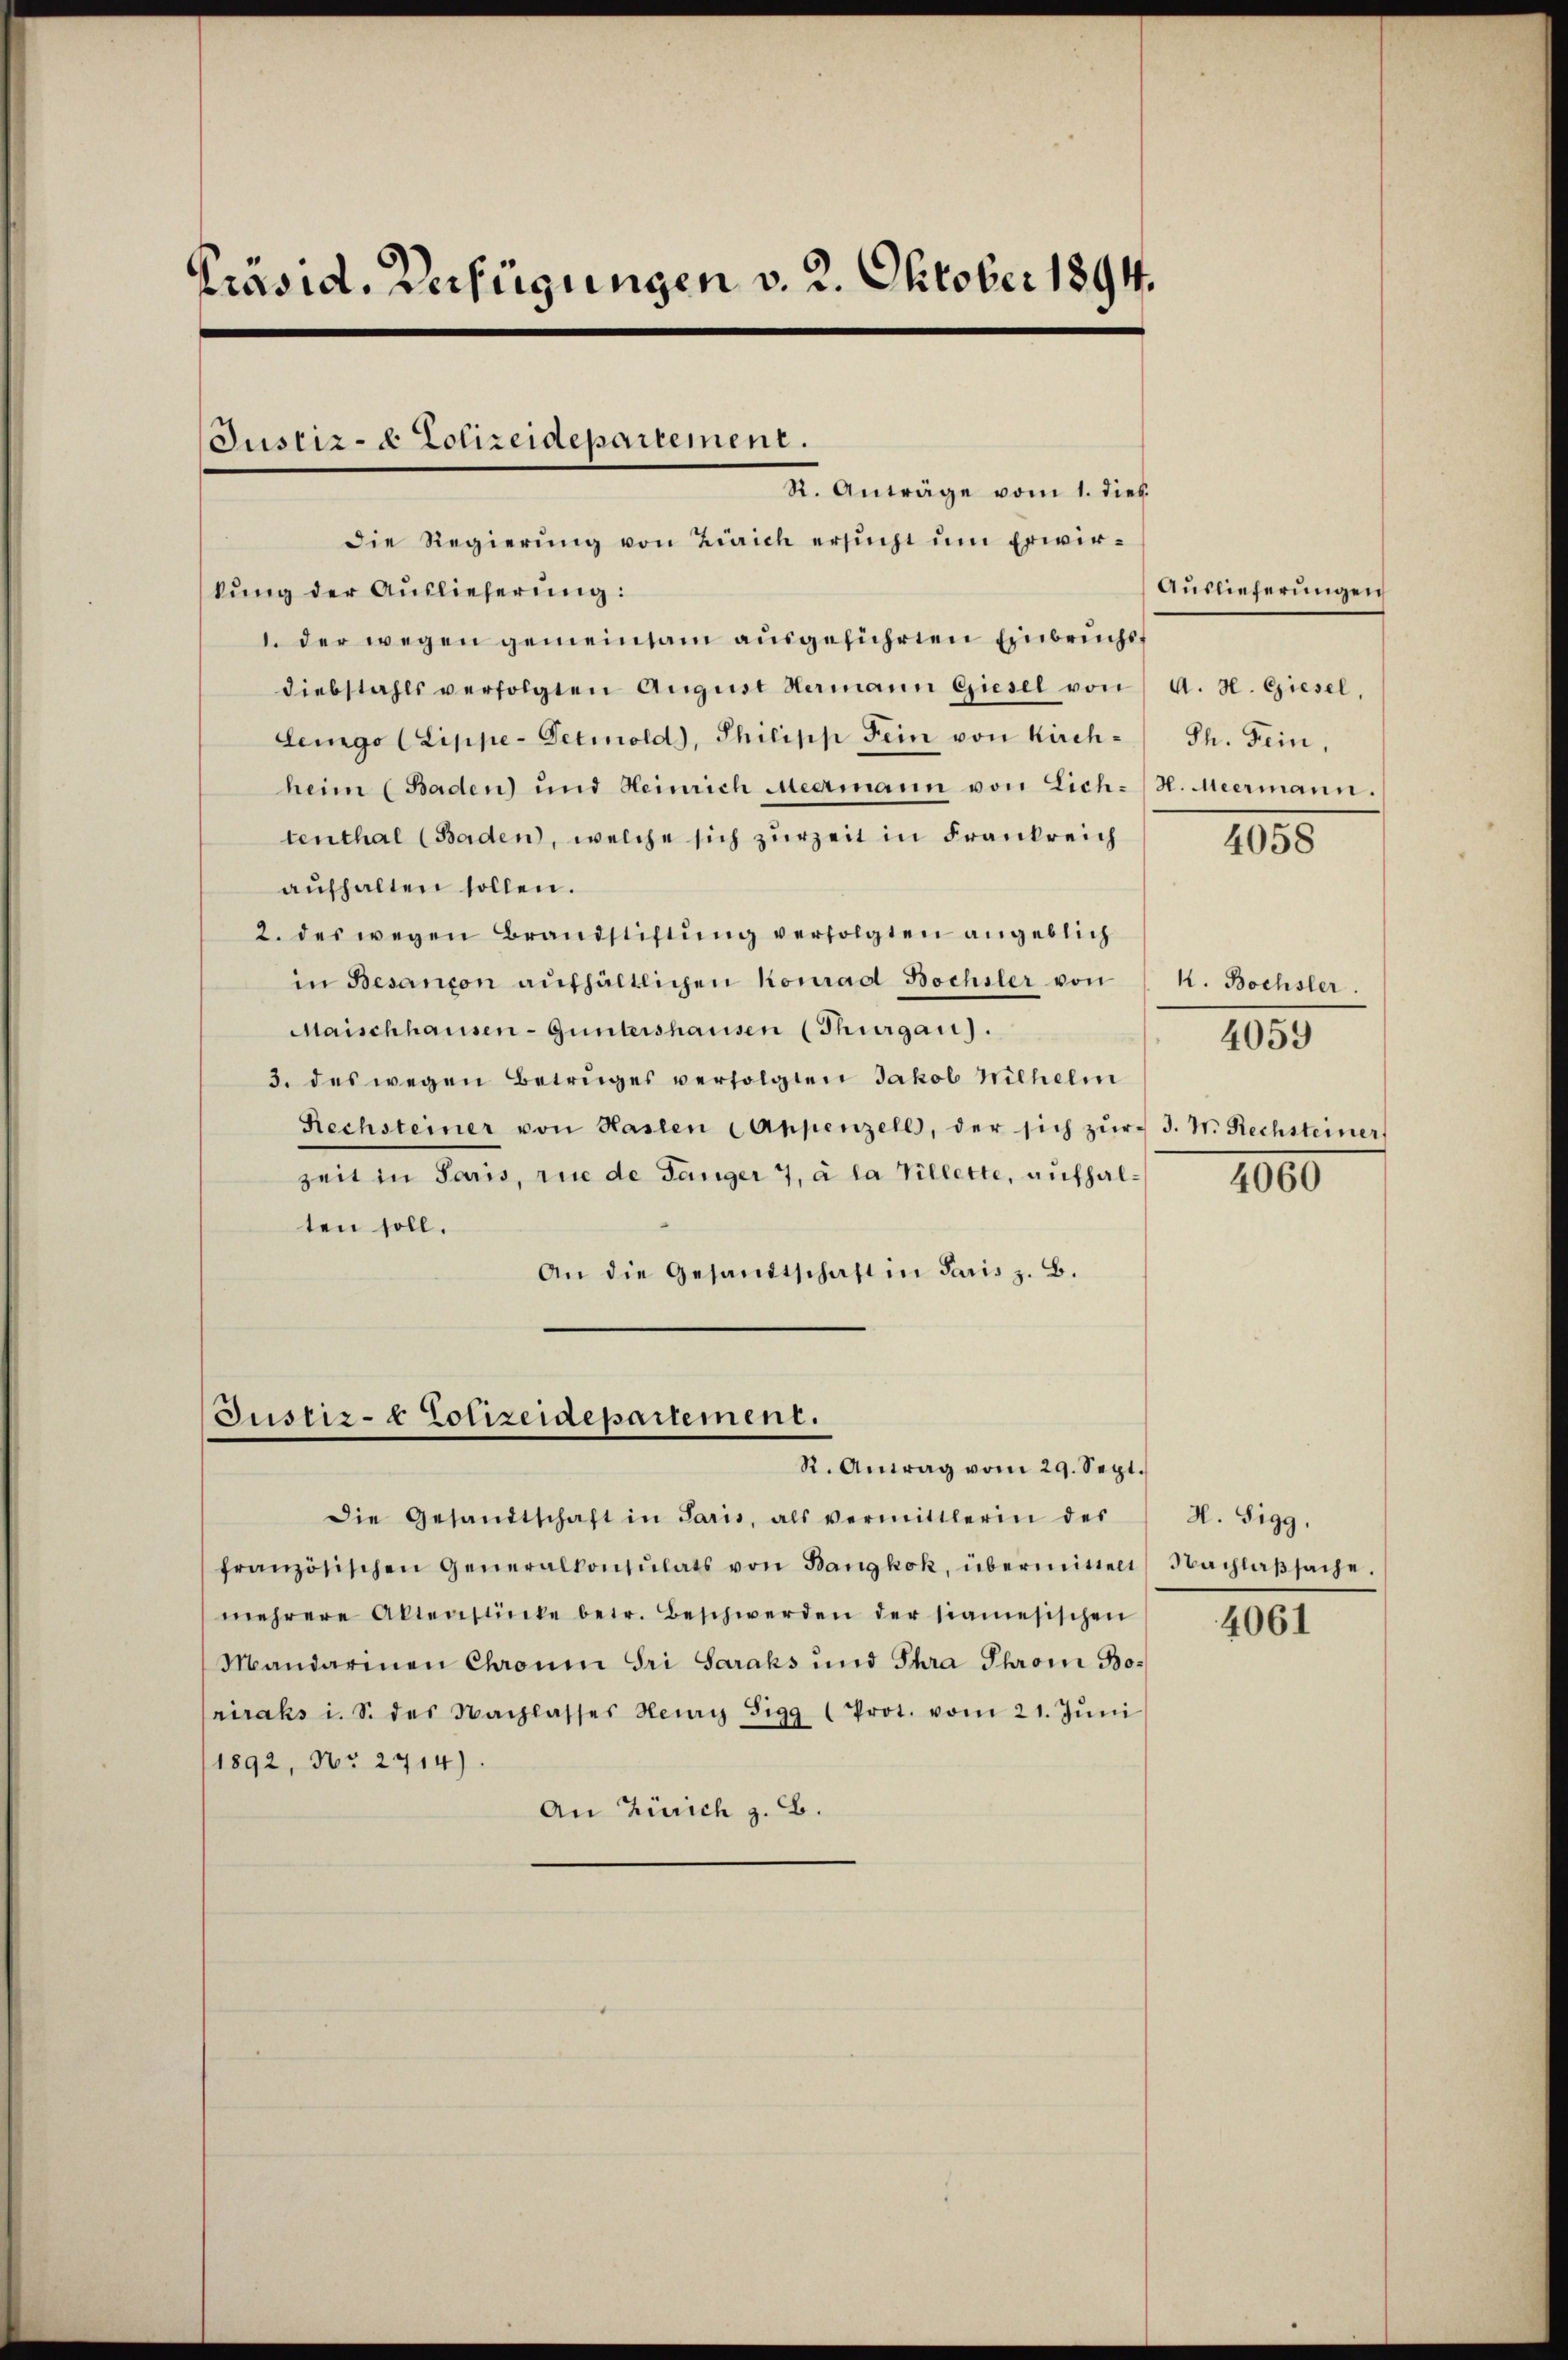
Präsid. Verfügungen v. 2. Oktober 1894.

Justiz- & Polizeidepartement.

R. Anträge vom 1. dies
Die Regierung von Zürich ersucht um Erwirkung der Auslieferung:
1. der wegen gemeinsam ausgeführten Einbruchst
diebstahls verfolgten August Hermann Giesel von
Lengo (Lippe-Detmold), Philipp Fein von Kirchheim (Baden) und Heinrich Meermann von Lich-H. Meermann.
tenthal (Baden, welche sich zurzeit in Frankreich
aŭfhalten sollen.
2. des wegen Brandstiftung verfolgten angeblich
in Besançon aufhältlichen Konrad Bochsler von
Maischhausen-Guntershausen (Thurgau).
3. des wegen Betruges verfolgten Jakob Wilhelm
Rechsteiner von Haslen Appenzell, der sich zŭr J. N. Rechsteiner
zeit in Paris, rue de Länger 7, à la Villette, aufhalten soll.
An die Gesandtschaft in Paris z. B.

Justiz- & Polizeidepartement.
R. Antrag vom 29. Sept.

Die Gesandtschaft in Paris, als vermittlerin des

französischen Generalkonsulats von Bangkok, übermittelt
mehrere Aktenstücke betr. Beschwerden der samesischen
Mandarinen Chronin dri Saraks und Thra Thron Boriraks i. S. des Nachlasses Henry Sigg (Prot. vom 21. Jŭni
1892, Nr. 2714).
An Zürich z. B.

Auslieferungen
A. H. Giesel,
Th. Fein,

4058

k. Bochsler.

4059

4060

4061

H. Sigg,
Nachlaßsache,